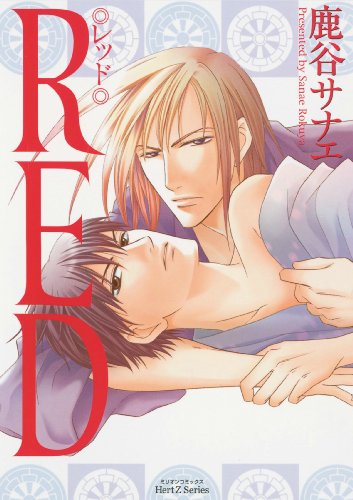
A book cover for Red (Yaoi) (Yaoi Manga); Sanae Rokuya; Comics & Graphic Novels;